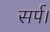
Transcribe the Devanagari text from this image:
सर्प।